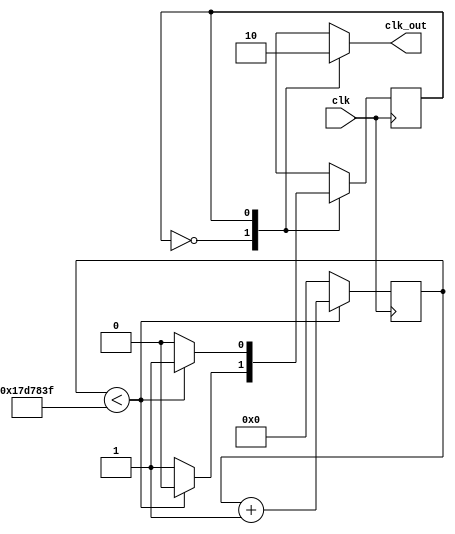
module um_seg
#(
	parameter T = 25'd24999999
)
(
	input  clk,
	output clk_out
);

reg y;
reg [24:0] g = 25'd0;

assign clk_out = y;

reg q = 1'b0;

always @ (posedge clk) begin
	case (q)
		1'b0: if(g < T)
					q <= 1'b0;
				else
					q <= 1'b1;
					
		1'b1: if(g < T)
					q <= 1'b1;
				else
					q <= 1'b0;
	endcase
end

always @ (*) begin
	case (q)
		1'b0: y = 1'b1;
		1'b1: y = 1'b0;
	endcase
end

always @ (posedge clk) begin
	if (g < T)
		g = g + 25'd1;
	else
		g = 25'd0;
end

endmodule